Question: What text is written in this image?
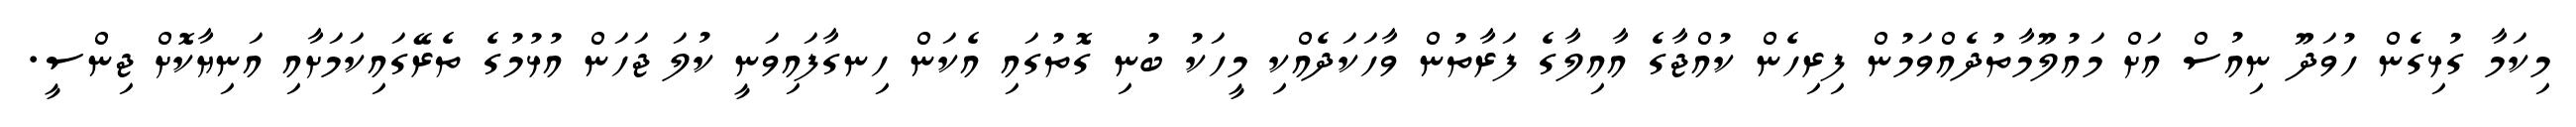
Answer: މިކަމާ ގުޅިގެން ހުވަދޫ ނިއުސް އަށް މައުލޫމާތުދެއްވަމުން ފިރިހެން ކުއްޖާގެ އާއިލާގެ ފަރާތުން ވާހަކަދެއްކި މީހަކު ބުނި ގޮތުގައި އެކަން ހިނގާފައިވަނީ ކުލަ ޖަހަން އުޅުމުގެ ތެރޭގައިކަމަށާއި އަނިޔާކޮށް ޖިންސީ.